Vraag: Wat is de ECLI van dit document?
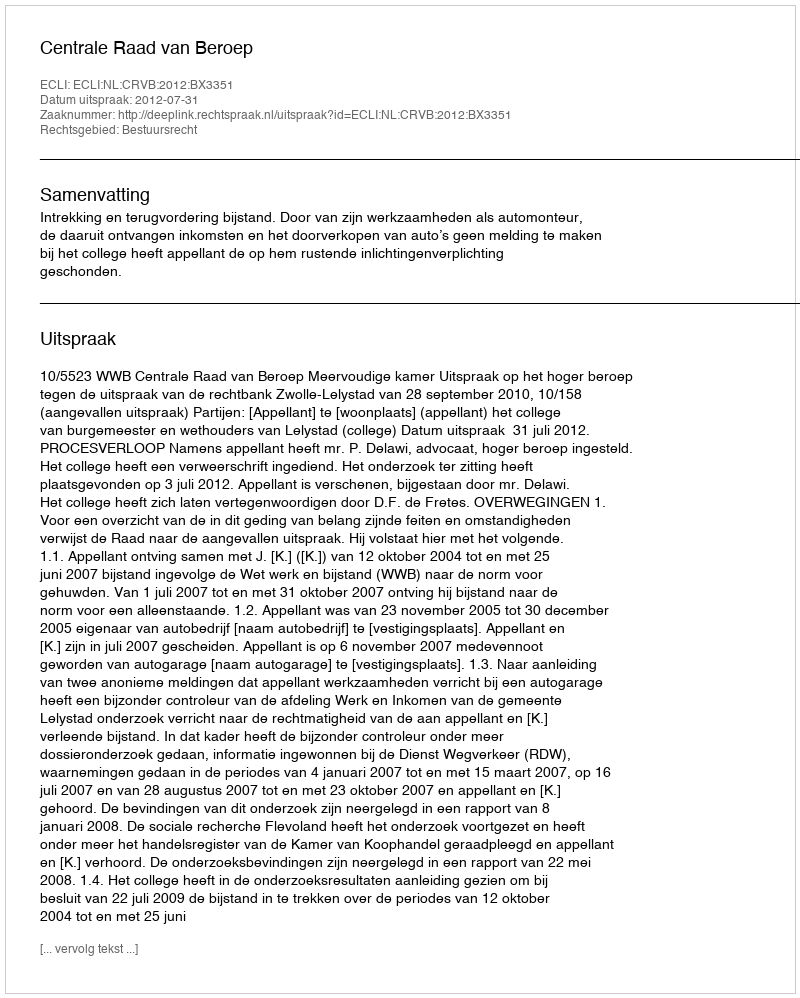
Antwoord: ECLI:NL:CRVB:2012:BX3351